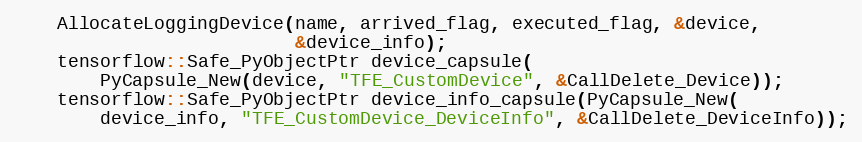
Language: C++
    AllocateLoggingDevice(name, arrived_flag, executed_flag, &device,
                          &device_info);
    tensorflow::Safe_PyObjectPtr device_capsule(
        PyCapsule_New(device, "TFE_CustomDevice", &CallDelete_Device));
    tensorflow::Safe_PyObjectPtr device_info_capsule(PyCapsule_New(
        device_info, "TFE_CustomDevice_DeviceInfo", &CallDelete_DeviceInfo));